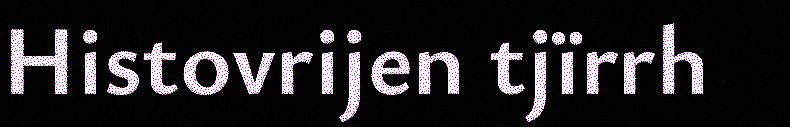
Histovrijen tjïrrh